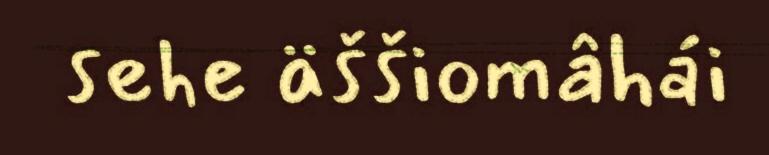
sehe äššiomâhái